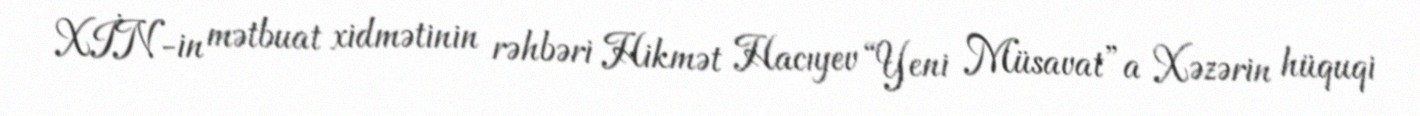
XİN-in mətbuat xidmətinin rəhbəri Hikmət Hacıyev “Yeni Müsavat”a Xəzərin hüquqi